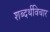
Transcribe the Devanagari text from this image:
शब्दर्थविचार